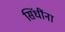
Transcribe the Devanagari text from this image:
सिंधींना